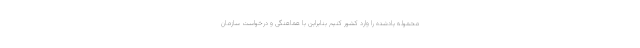
محموله یادشده را وارد کشور کنیم بنابراین با هماهنگی و درخواست سازمان